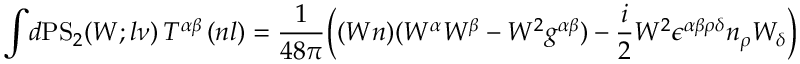
\int \! d \mathrm { P S } _ { 2 } ( W ; l \nu ) \, T ^ { \alpha \beta } \, ( n l ) = \frac { 1 } { 4 8 \pi } \Big ( ( W n ) ( W ^ { \alpha } W ^ { \beta } - W ^ { 2 } g ^ { \alpha \beta } ) - \frac { i } { 2 } W ^ { 2 } \epsilon ^ { \alpha \beta \rho \delta } n _ { \rho } W _ { \delta } \Big )